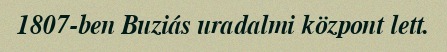
1807-ben Buziás uradalmi központ lett.